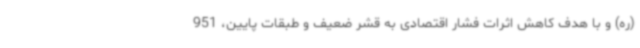
(ره) و با هدف کاهش اثرات فشار اقتصادی به قشر ضعیف و طبقات پایین، 951